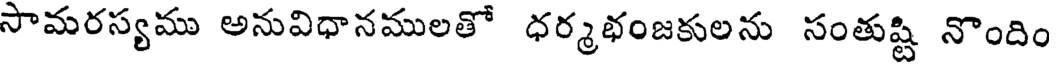
సామరస్యము అనువిధానములతో ధర్మభంజకులను సంతుష్టి నొందిం